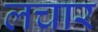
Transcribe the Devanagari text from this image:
लचार